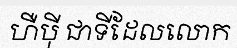
ហឺប៉ី ជាទីដែលលោក